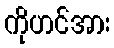
ကိုဟင်အား